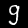
Label: 9